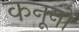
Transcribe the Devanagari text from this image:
कनूनों